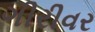
ગીરીવર